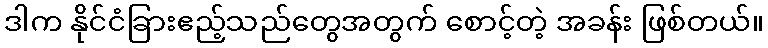
ဒါက နိုင်ငံခြားဧည့်သည်တွေအတွက် စောင့်တဲ့ အခန်း ဖြစ်တယ်။